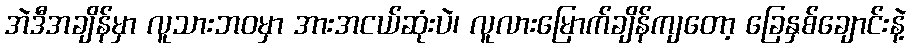
အဲဒီအချိန်မှာ လူသားဘဝမှာ အားအငယ်ဆုံးပဲ၊ လူလားမြောက်ချိန်ကျတော့ ခြေနှစ်ချောင်းနဲ့